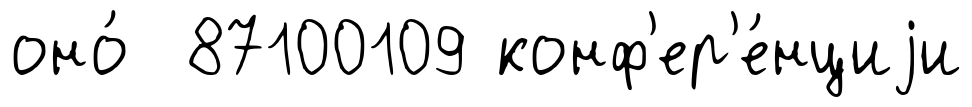
оно́ 87100109 конф'ер'е́нциjи